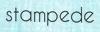
stampede